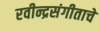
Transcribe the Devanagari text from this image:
रवीन्द्रसंगीताचे